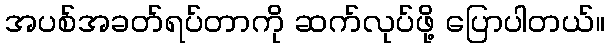
အပစ်အခတ်ရပ်တာကို ဆက်လုပ်ဖို့ ပြောပါတယ်။